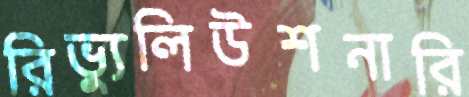
রিভ্যুলিউশনারি